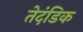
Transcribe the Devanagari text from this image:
तेदंडिक